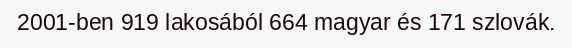
2001-ben 919 lakosából 664 magyar és 171 szlovák.